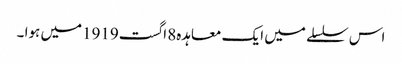
اس سلسلے میں ایک معاہدہ8 اگست1919میں ہوا ۔